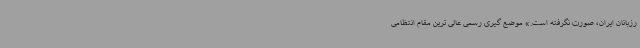
رزبانان ایران، صورت نگرفته است.» موضع گیری رسمی عالی ترین مقام انتظامی